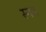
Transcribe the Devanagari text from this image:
स्नग